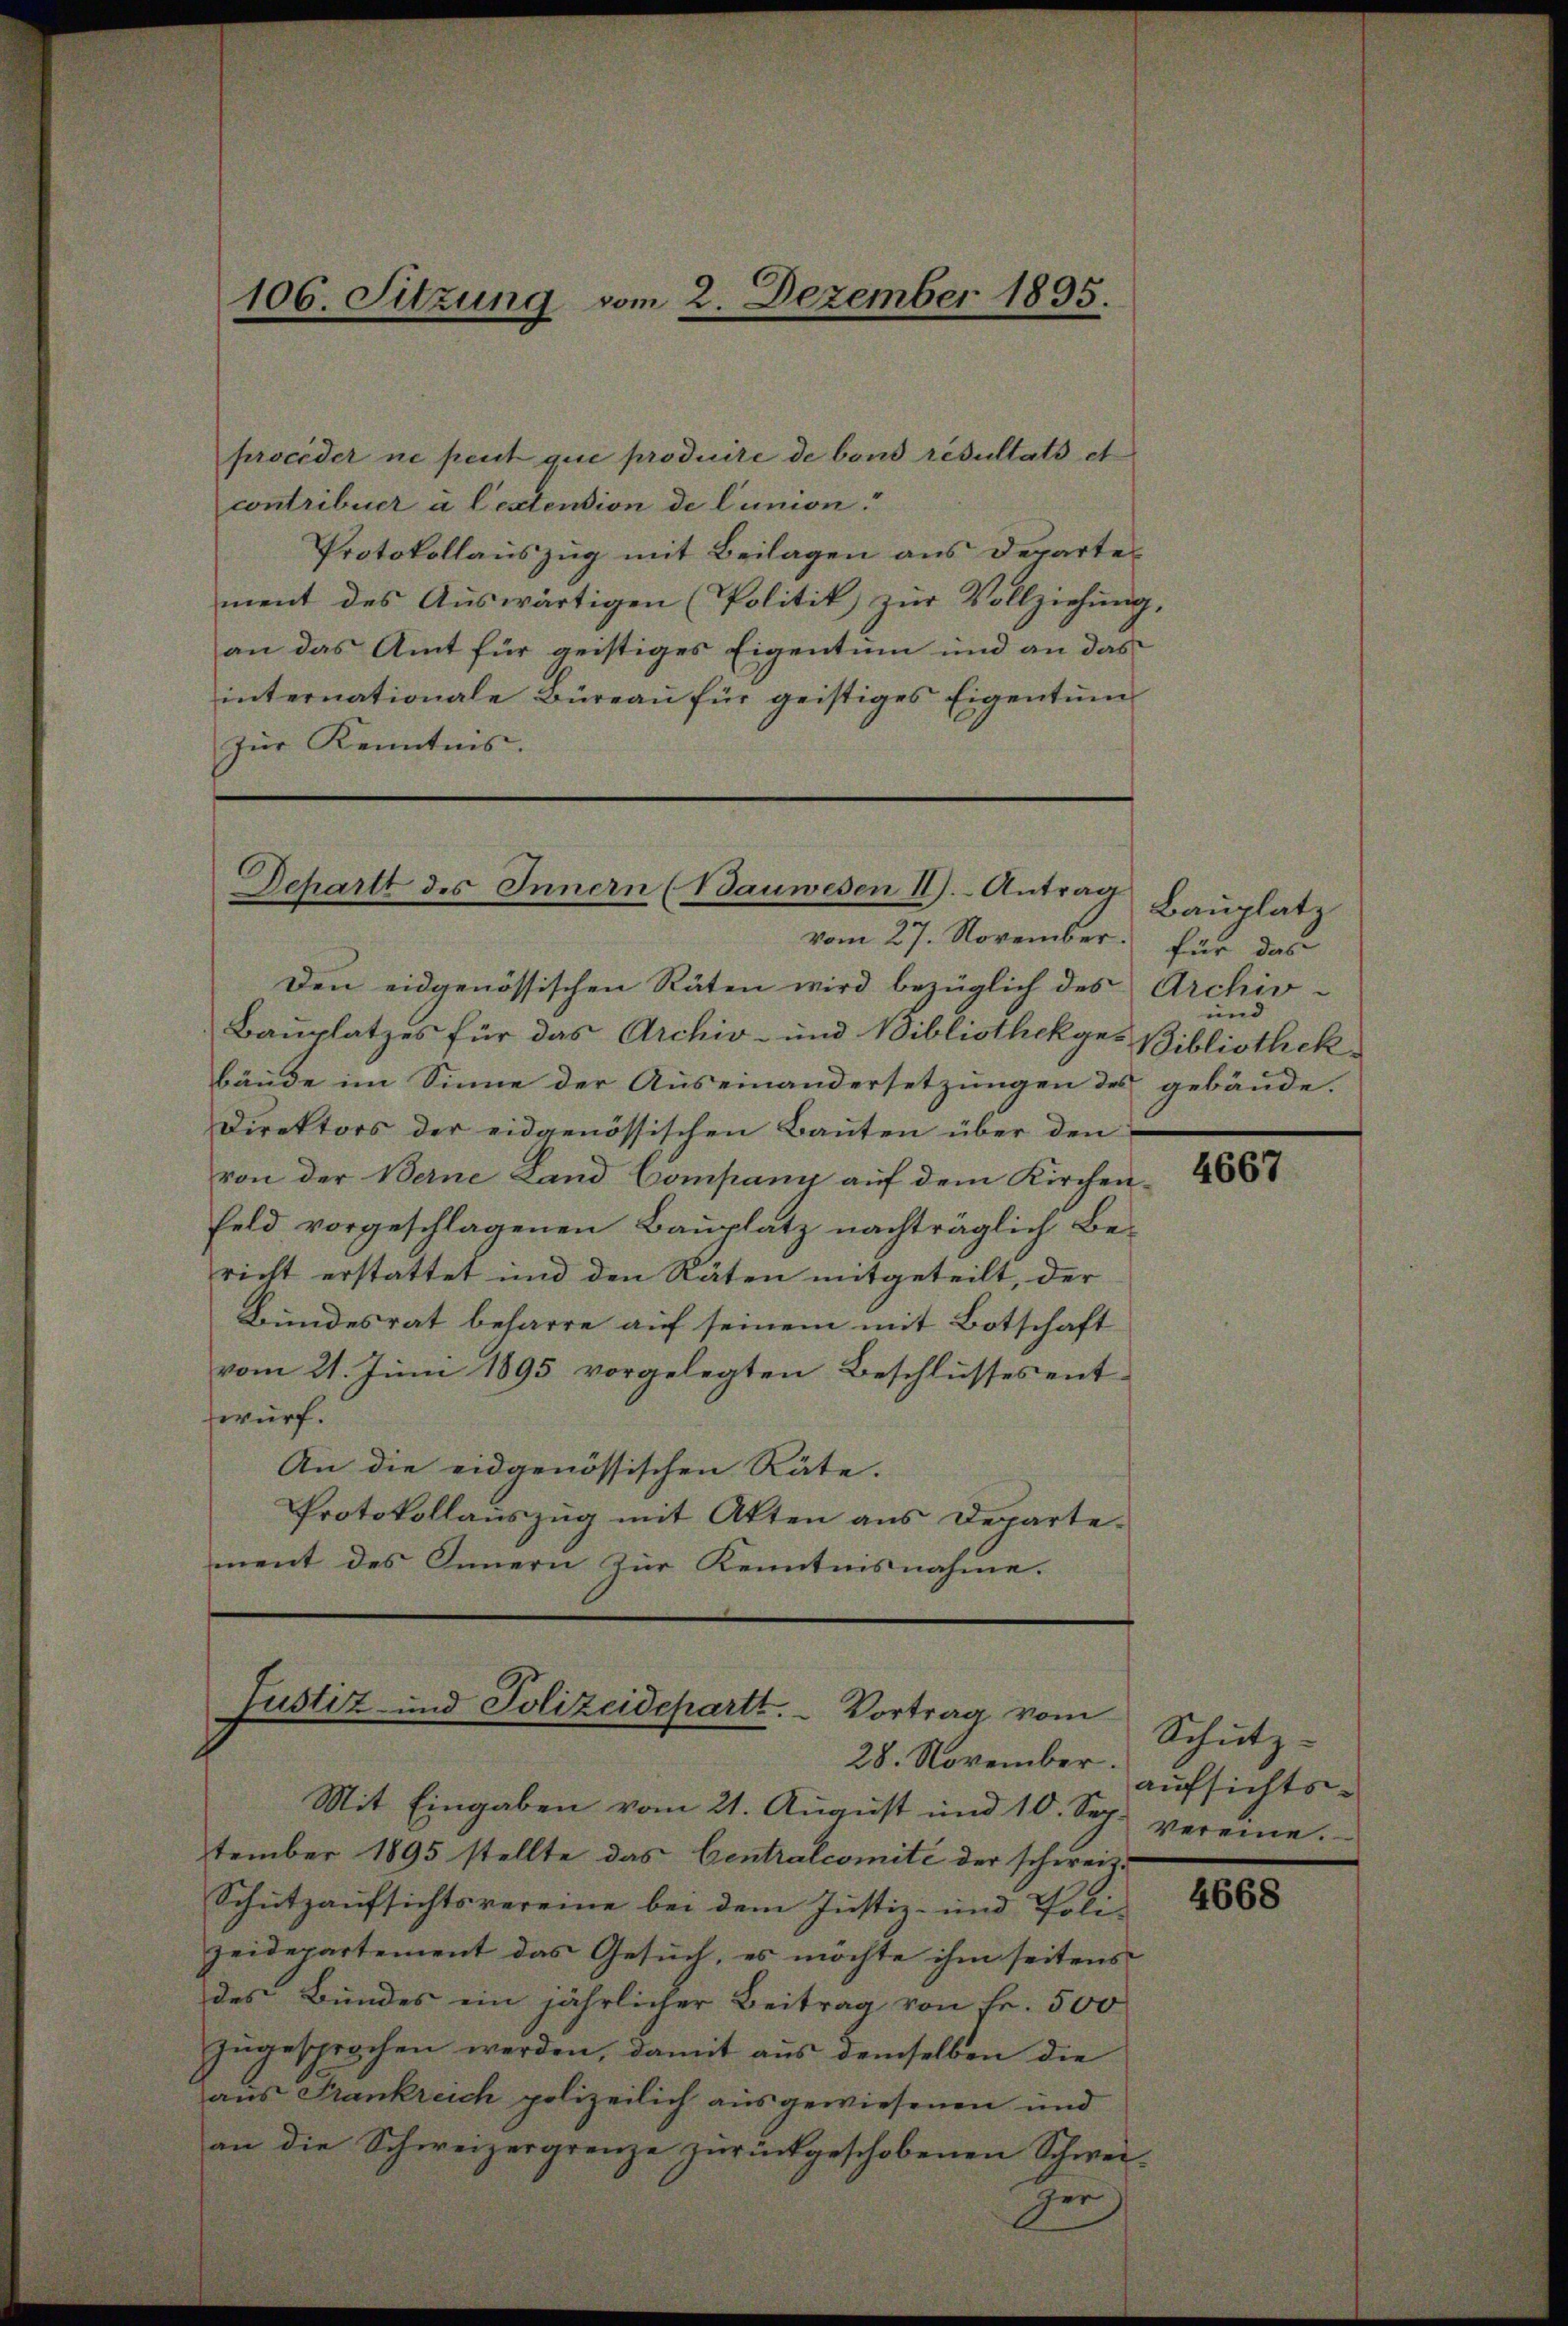
106. Sitzung vom 2. Dezember 1895.

proceder ne peut que produire de band resultats et
contribuer à lextension de lunion.
Protokollauszug mit Beilagen aus Departement des Auswärtigen (Politik zur Vollziehung,
an das Amt für geistiges Eigentum und an das
internationale Büreau für geistiges Eigentum
zŭr Kenntnis.

Departt des Innern (Bauwesen II). Antrag

Justiz- und Polizeidepartt. Vortrag vom
28. November.

vom 27. November. für das
Den eidgenössischen Räten wird bezüglich des
Bauplatzes für das Archiv- und Bibliothekges
bäŭde im Sinne der Auseinandersetzŭngen des gebäude.
Direktors der eidgenössischen Bauten über den
von der Berne Land Compani auf dem Kirchen¬
Feld vorgeschlagenen Bauplatz nachträglich Bericht erstattet und den Räten mitgeteilt, der
Bundesrat beharre auf seinem mit Botschaft
vom 21. Juni 1895 vorgelegten Beschlusses ent-
wurf.
An die eidgenössischen Räte.
Protokollauszug mit Akten aus Departement des Innern zur Kenntnisnahme.

Mit Eingaben vom 21. Aŭgŭst und 10. Sep. vereine.
tember 1895 stellte das Centralcomite der schweiz.
Schutzaufsichtsvereine bei dem Justiz- und Poli-
zeidepartement das Gesuch, es möchte ihm seitens
des Bundes ein jährlicher Beitrag von Fr. 500
zugesprochen werden, damit aus demselben die
aus Frankreich polizeilich ausgewiesenen und
an die Schweizergrenze zurückgeschobenen Schwei
Her

Bauplatz
Archiv-
und
Bibliothek

4667

Schutz-
aufsichts-

4668